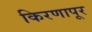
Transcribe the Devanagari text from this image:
किरणापूर